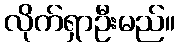
လိုက်ရှာဦးမည်။